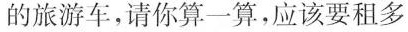
的旅游车，请你算一算，应该要租多